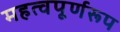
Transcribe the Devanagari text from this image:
महत्वपूर्णरूप